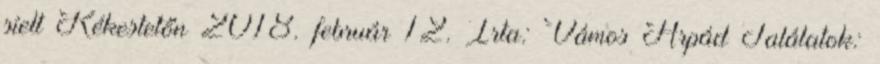
síelt Kékestetőn 2018. február 12. Írta: Vámos Árpád Találatok: